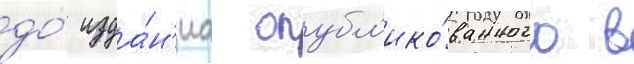
до́ изда́н'иа опубл'ико́ванного в